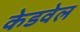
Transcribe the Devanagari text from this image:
केडवेल